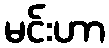
မင်းဟာ